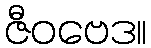
ဇီဝဗေဒ။